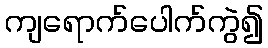
ကျရောက်ပေါက်ကွဲ၍